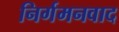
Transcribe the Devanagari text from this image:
निर्गमनवाद